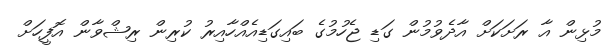
މުޅިން އާ ރަށަކަށް އާދެވުމުން ގަޑި ޖެހުމުގެ ބައިގަޑިއެއްހާއިރު ކުރިން ރިޝްވާން އޮފީހަށް